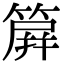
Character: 簈